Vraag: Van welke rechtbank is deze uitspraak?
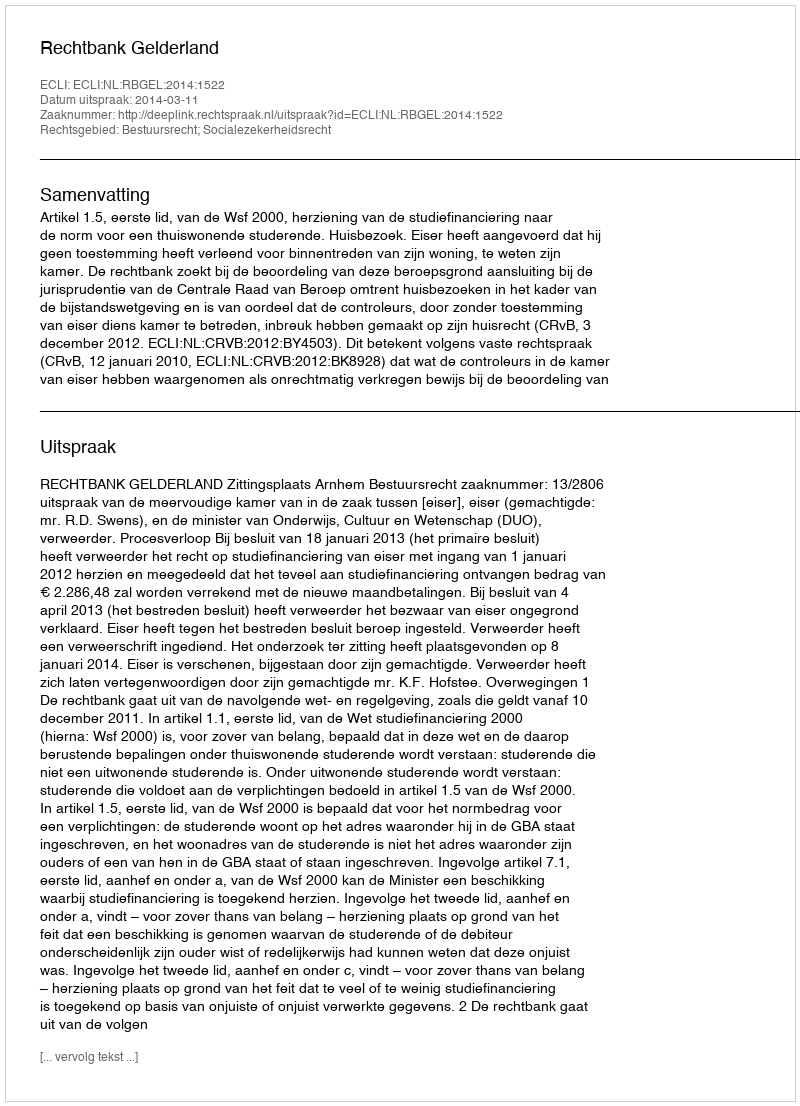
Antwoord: Rechtbank Gelderland